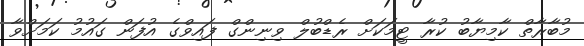
މުބާރާތް ކާމިޔާބު ކުރާ ޓީމަކަށް ރެޑްބުލް ވިނިންގް ފައިވްގެ އުފަން ގައުމު ކަމަށްވާ